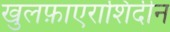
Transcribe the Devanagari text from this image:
खुलफ़ाएराशिदीन